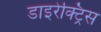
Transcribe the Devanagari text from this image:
डाइरेक्ट्रिस